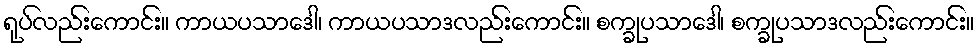
ရုပ်လည်းကောင်း။ ကာယပသာဒေါ၊ ကာယပသာဒလည်းကောင်း။ စက္ခုပသာဒေါ၊ စက္ခုပသာဒလည်းကောင်း။